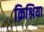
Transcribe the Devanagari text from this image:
क्रिश्निया